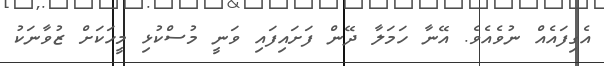
އެގިފައެއް ނުވެއެވެ. އޭނާ ހަމަލާ ދޭން ފަށައިފައި ވަނީ މުސްކުޅި މީހަކަށް ޒުވާނަކު